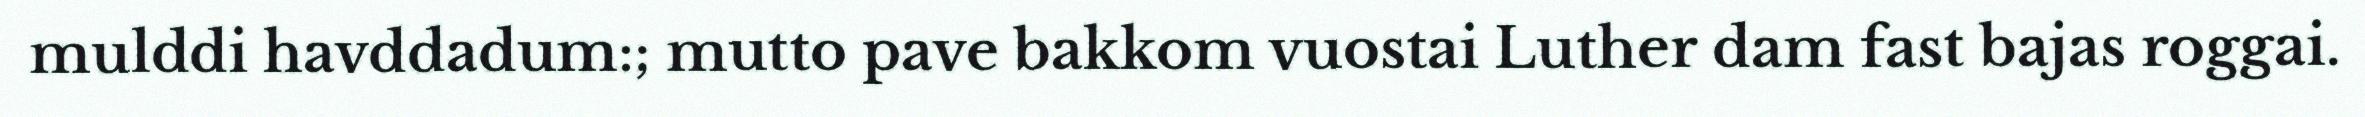
mulddi havddadum:; mutto pave bakkom vuostai Luther dam fast bajas roggai.